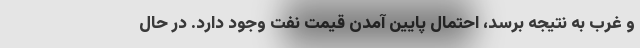
و غرب به نتیجه برسد، احتمال پایین آمدن قیمت نفت وجود دارد. در حال